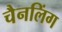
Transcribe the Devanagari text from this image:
चैनलिंग